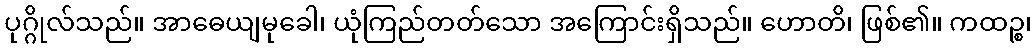
ပုဂ္ဂိုလ်သည်။ အာဓေယျမုခေါ၊ ယုံကြည်တတ်သော အကြောင်းရှိသည်။ ဟောတိ၊ ဖြစ်၏။ ကထဉ္စ၊